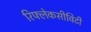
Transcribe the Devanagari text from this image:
रिफ्लेकसीविटी